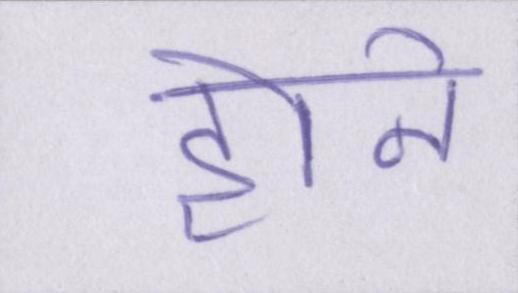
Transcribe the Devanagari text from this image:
होने